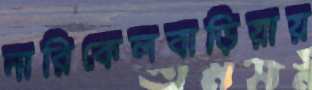
নারিকেলবাড়িয়ায়